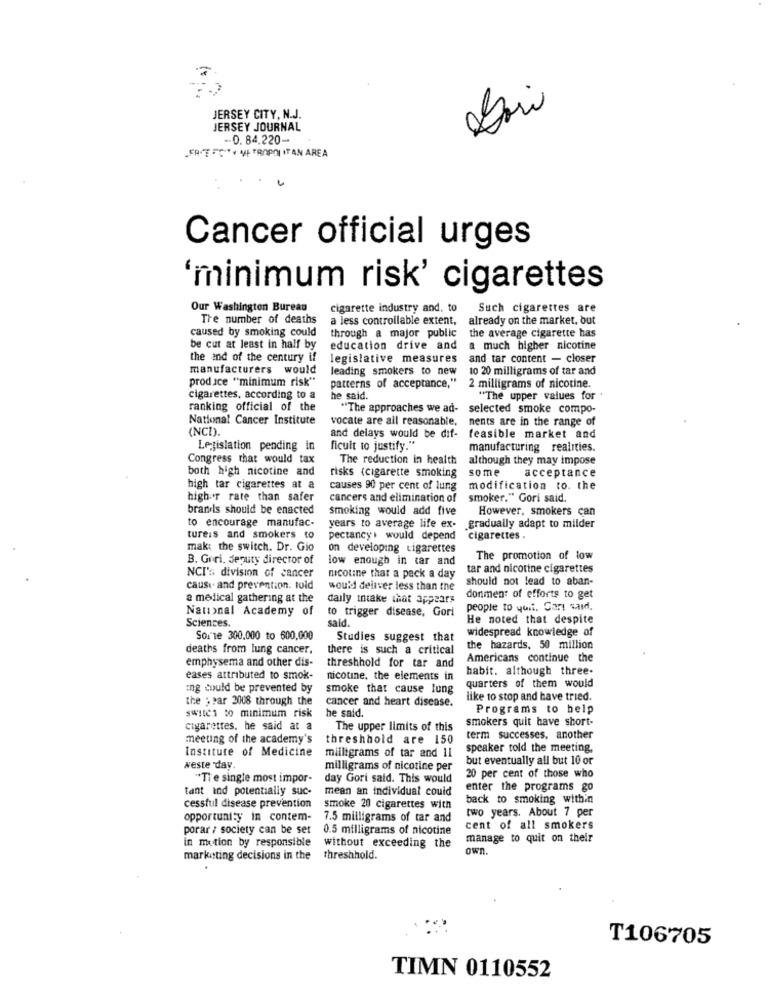
JERSEY CITY, N.J.
JERSEY JOURNAL
-0. 84.220-
Cancer official urges
'minimum risk' cigarettes
Our Washington Bureau
cigarette industry and. to
Such cigarettes are
The number of deaths
a less controllable extent,
already on the market, but
caused by smoking could
through a major public
the average cigarette has
be cut at least in half by
education drive and
a much higher nicotine
the and of the century if
legislative measures
and tar content - closer
manufacturers would
leading smokers to new
to 20 milligrams of tar and
produce "minimum risk"
patterns of acceptance,"
2 milligrams of nicotine.
cigarettes, according to a
he said
"The upper values for .
ranking official of the
"The approaches we ad-
selected smoke compo-
National Cancer Institute
vocate are all reasonable.
nents are in the range of
INCD).
and delays would be dif-
feasible market and
Legislation pending in
ficult to justify."
manufacturing realities.
Congress that would tax
The reduction in health
although they may impose
both high nicotine and
some
acceptance
risks {cigarette smoking
high tar cigarettes at a
causes 90 per cent of lung
modification to. the
higher rate than safer
cancers and elimination of
smoker." Gori said.
brandis should be enacted
smoking would add five
However, smokers can
to encourage manufac-
years to average life ex-
.gradually adapt to milder
ture:s and smokers to
pectancyi would depend
cigarettes .
mak: the switch. Dr. Gio
on developing cigarettes
B. Giri. deputy director of
low enough in tar and
The promotion of low
tar and nicotine cigarettes
NCI's division of cancer
nicotine that a pack a day
should not lead to aban-
caus .. and prevention. told
would deliver less than the
donment of efforts to get
a medical gathering at the
daily tntake that appears
National Academy of
to trigger disease, Gori
people to you. Cart said,
Sciences.
sald.
He noted that despite
widespread knowledge of
Some 300.000 to 600,000
Studies suggest that
deaths from lung cancer.
there is such a critical
the hazards, 50 million
emphysema and other dis-
Americans continue the
threshhold for tar and
habit. although three-
eases attributed to smok-
nicotine, the elements in
Eng could be prevented by
smoke that cause lung
quarters of them would
the ; par 2008 through the
cancer and heart disease.
like to stop and have tried.
Programs to help
$WIEC1 to minimum risk
he said.
smokers quit have short-
cigarettes, he said at a
The upper limits of this
meeting of the academy's
threshhold are 150
term successes, another
speaker told the meeting,
Institute of Medicine
milligrams of tar and 1l
but eventually all but 10 or
weste day.
milligrams of nicotine per
"Ti e single most impor-
day Gori said. This would
20 per cent of those who
tant and potentially suc-
mean an individual could
enter the programs go
back to smoking within
cessful disease prevention
smoke 20 cigarettes with
two years. About 7 per
opportunity in contem-
7.5 milligrams of tar and
porar / society can be set
0.5 milligrams of nicotine
cent of all smokers
in motion by responsible
manage to quit on their
without exceeding the
own.
marketing decisions in the
threshhold.
T106705
TIMN 0110552